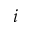
i